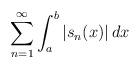
LaTeX: \begin{align*}\sum_{n=1}^\infty \int_a^b |s_n(x)|\,dx\end{align*}